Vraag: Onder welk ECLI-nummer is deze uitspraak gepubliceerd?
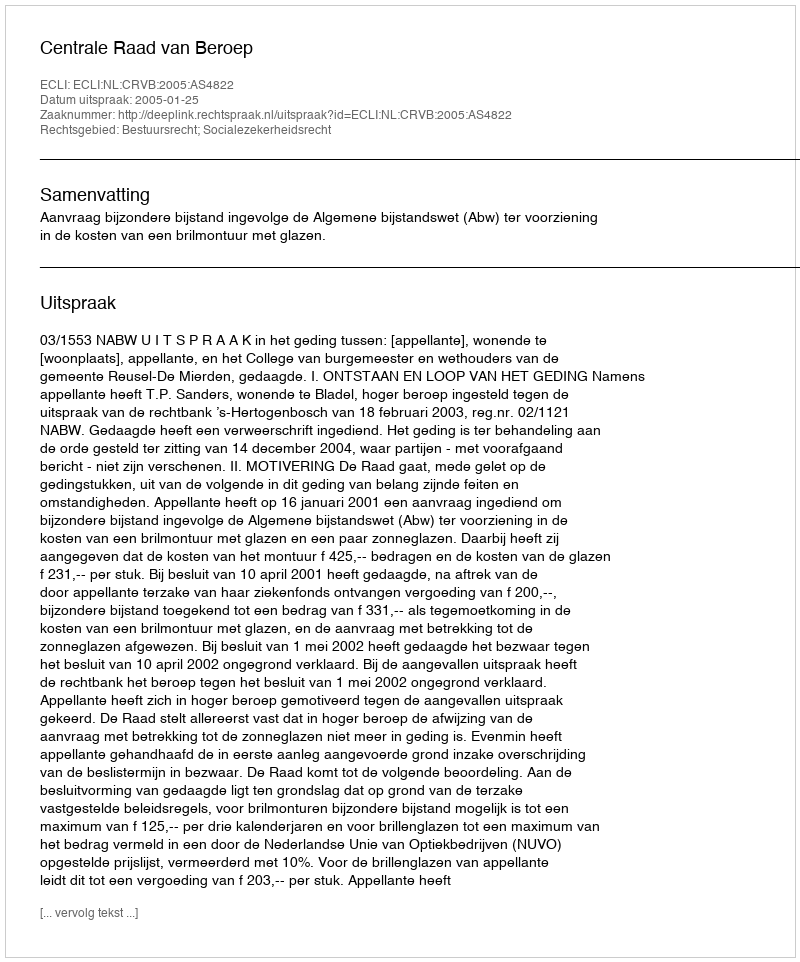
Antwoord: ECLI:NL:CRVB:2005:AS4822